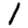
Digit: 1